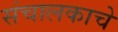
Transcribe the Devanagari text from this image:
संचालकाचे